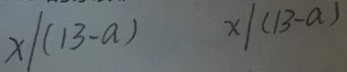
x / ( 1 3 - a ) x / ( 1 3 - a )